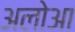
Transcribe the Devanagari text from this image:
अलोआ